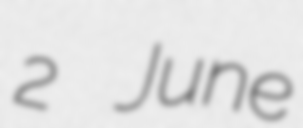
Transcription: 2 June